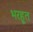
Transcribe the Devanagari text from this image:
भरहूत